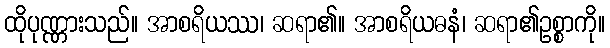
ထိုပုဏ္ဏားသည်။ အာစရိယဿ၊ ဆရာ၏။ အာစရိယဓနံ၊ ဆရာ၏ဥစ္စာကို။